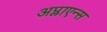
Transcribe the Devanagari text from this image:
अप्लाएन्स